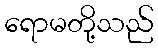
ရောမတို့သည်